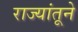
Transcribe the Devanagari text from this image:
राज्यांतूने